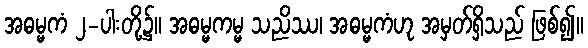
အဓမ္မကံ ၂-ပါးတို့၌။ အဓမ္မကမ္မ သညိဿ၊ အဓမ္မကံဟု အမှတ်ရှိသည် ဖြစ်၍။